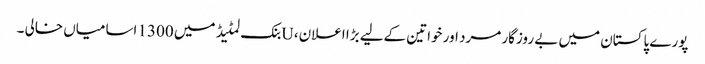
پورے پاکستان میں بے روزگار مرد اور خواتین کےلیے بڑا اعلان، Uبنک لمٹیڈ میں 1300 اسامیاں خالی ۔